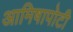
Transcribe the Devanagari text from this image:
आमिषापोटी